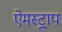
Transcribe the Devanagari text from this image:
ऐमस्ट्राप